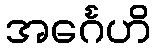
အင်္ဂေဟိ